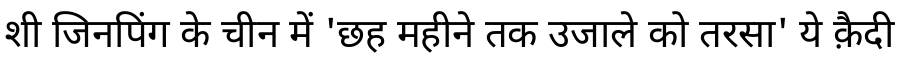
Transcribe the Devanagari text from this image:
शी जिनपिंग के चीन में 'छह महीने तक उजाले को तरसा' ये क़ैदी